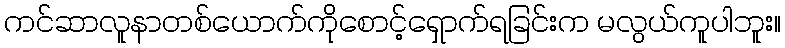
ကင်ဆာလူနာတစ်ယောက်ကိုစောင့်ရှောက်ရခြင်းက မလွယ်ကူပါဘူး။